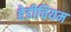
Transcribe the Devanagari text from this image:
हेडीचियम